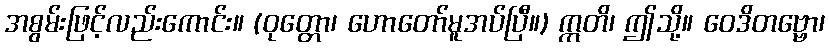
အစွမ်းဖြင့်လည်းကောင်း။ (ဝုတ္တော၊ ဟောတော်မူအပ်ပြီ။) ဣတိ၊ ဤသို့။ ဝေဒိတဗ္ဗော၊